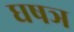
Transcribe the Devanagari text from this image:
घषञ